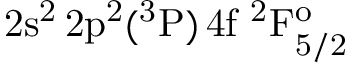
\mathrm { 2 s ^ { 2 } \, 2 p ^ { 2 } ( ^ { 3 } P ) \, 4 f ~ ^ { 2 } F _ { 5 / 2 } ^ { o } }